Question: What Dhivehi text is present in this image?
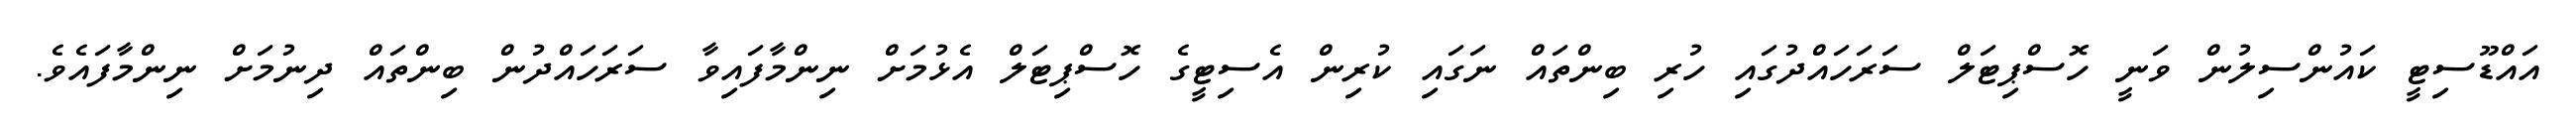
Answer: އައްޑޫސިޓީ ކައުންސިލުން ވަނީ ހޮސްޕިޓަލް ސަރަހައްދުގައި ހުރި ބިންތައް ނަގައި ކުރިން އެސިޓީގެ ހޮސްޕިޓަލް އެޅުމަށް ނިންމާފައިވާ ސަރަހައްދުން ބިންތައް ދިނުމަށް ނިންމާފައެވެ.